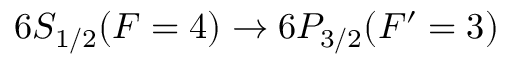
6 S _ { 1 / 2 } ( F = 4 ) \rightarrow 6 P _ { 3 / 2 } ( F ^ { \prime } = 3 )